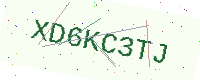
Text: XD6KC3TJ